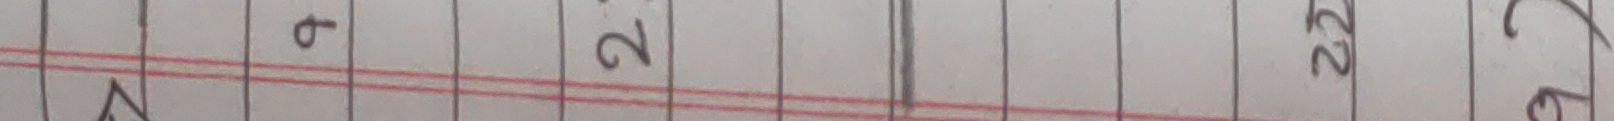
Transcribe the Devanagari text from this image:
A ब २ २ ९